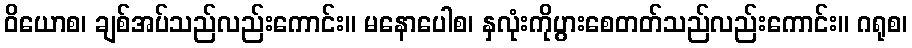
ဝိယောစ၊ ချစ်အပ်သည်လည်းကောင်း။ မနောပေါစ၊ နှလုံးကိုပွားစေတတ်သည်လည်းကောင်း။ ဂရုစ၊